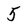
Character: 5